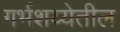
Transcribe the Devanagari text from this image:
गर्भशय्येतील